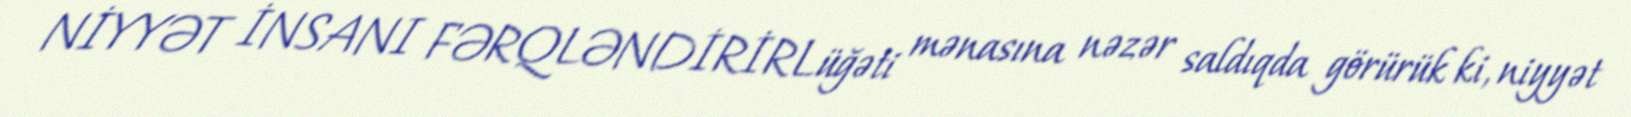
NİYYƏT İNSANI FƏRQLƏNDİRİRLüğəti mənasına nəzər saldıqda görürük ki, niyyət